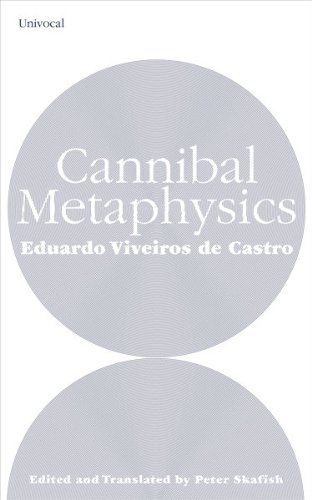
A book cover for Cannibal Metaphysics (Univocal); Eduardo Viveiros de Castro; Politics & Social Sciences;